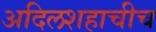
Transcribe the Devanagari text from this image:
अदिलशहाचीच